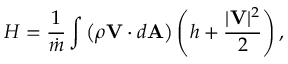
H = { \frac { 1 } { \dot { m } } } \int \left( { \rho \mathbf { V } \cdot d \mathbf { A } } \right) \left( h + { \frac { | \mathbf { V } | ^ { 2 } } { 2 } } \right) ,